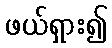
ဖယ်ရှား၍